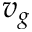
v _ { g }